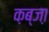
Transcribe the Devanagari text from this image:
क़ब्जा़